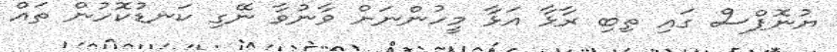
ޔުނޮޕްސް ގައި ތިބި ރާޅާ އަޅާ މީހުންނަށް ވާނުވާ ނޭގި ކަނޑުކޮހުން ތައް